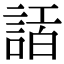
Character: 𧨿